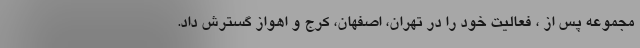
مجموعه پس از ، فعالیت خود را در تهران، اصفهان، کرج و اهواز گسترش داد.